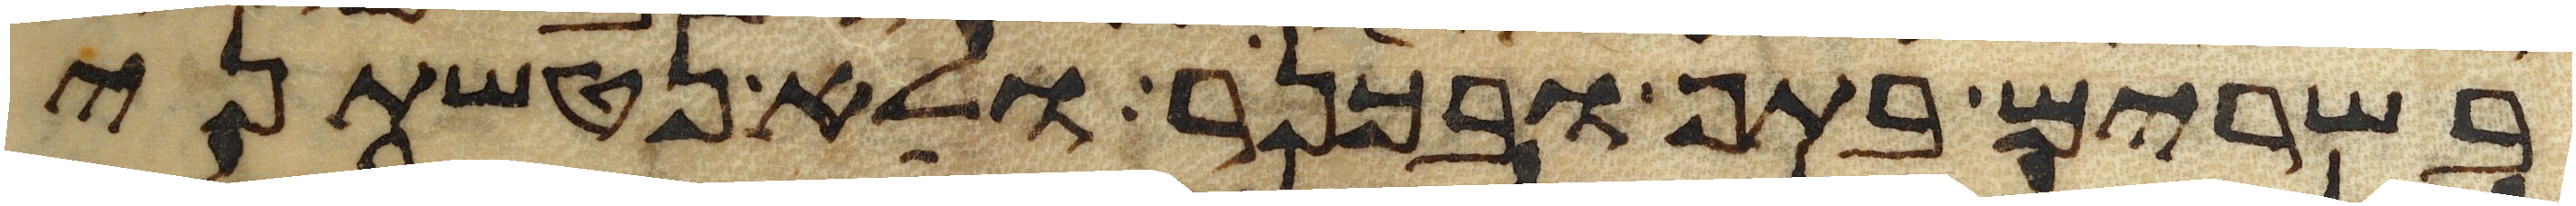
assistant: בשרים בתף ובכנר ולא נטשתני